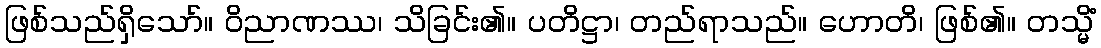
ဖြစ်သည်ရှိသော်။ ဝိညာဏဿ၊ သိခြင်း၏။ ပတိဋ္ဌာ၊ တည်ရာသည်။ ဟောတိ၊ ဖြစ်၏။ တသ္မိံ